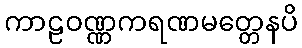
ကာဠဝဏ္ဏကရဏမတ္တေနပိ